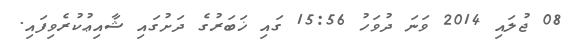
08 ޖުލައި 2014 ވަނަ ދުވަހު 15:56 ގައި ޚަބަރުގެ ދަށުގައި ޝާއިޢުކުރެވިފައި.